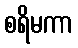
စရိမကာ